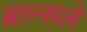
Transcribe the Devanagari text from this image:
ब्रान्सले